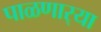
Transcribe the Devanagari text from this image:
पाळणार्‍या